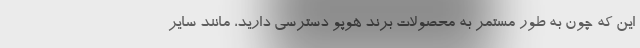
این که چون به طور مستمر به محصولات برند هوپو دسترسی دارید، مانند سایر